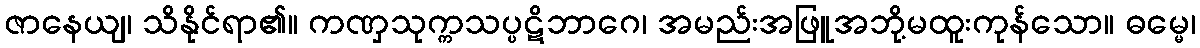
ဇာနေယျ၊ သိနိုင်ရာ၏။ ကဏှသုက္ကသပ္ပဋိဘာဂေ၊ အမည်းအဖြူအဘို့မထူးကုန်သော။ ဓမ္မေ၊